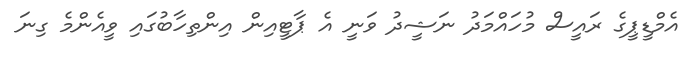
އެމްޑީޕީގެ ރައީސް މުހައްމަދު ނަޝީދު ވަނީ އެ ޕާޓީއިން އިންތިހާބުގައި ވީއެންމެ ގިނަ